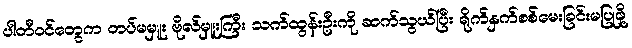
ပါတီဝင်တွေက တပ်မမှူး ဗိုလ်မှူးကြီး သက်ထွန်းဦးကို ဆက်သွယ်ပြီး ရိုက်နှက်စစ်မေးခြင်းမပြုဖို့